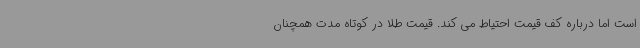
است اما درباره کف قیمت احتیاط می کند. قیمت طلا در کوتاه مدت همچنان